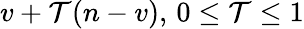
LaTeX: v+\mathcal{T}(n-v),\, 0\leq\mathcal{T}\leq1